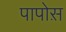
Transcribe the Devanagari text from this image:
पापोस़